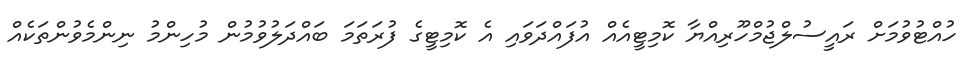
ހުއްޓުވުމަށް ރައީސުލްޖުމްހޫރިއްޔާ ކޮމިޓީއެއް އުފައްދަވައި އެ ކޮމިޓީގެ ފުރަތަމަ ބައްދަލުވުމުން މުހިންމު ނިންމެވުންތަކެއް